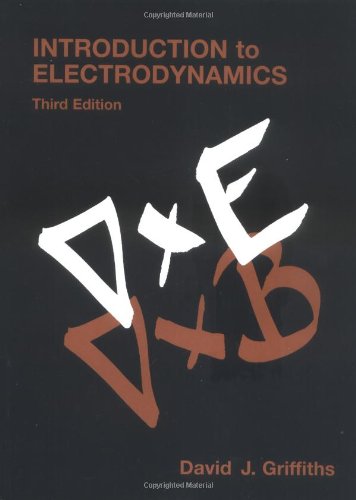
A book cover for Introduction to Electrodynamics (3rd Edition); David J. Griffiths; Science & Math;